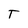
Character: T